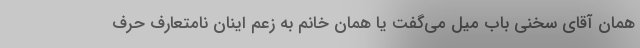
همان آقای سخنی باب میل می‌گفت یا همان خانم به زعم اینان نامتعارف حرف